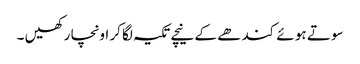
سو تے ہو ئے کند ھے کے نیچے تکیہ لگا کر اونچا ر کھیں ۔